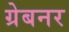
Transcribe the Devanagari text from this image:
ग्रेबनर